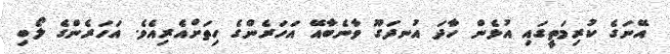
އޭނަގެ ކުރިމަތީގައި އުޅެން ހާދަ އުނދަގޫ ވާނެބާއޭ އަހަރެންގެ ހިތަށްއެރިއެވެ. އަހަރެންގެ ލޯބި